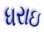
ધરાઇ